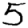
Digit: 5